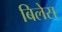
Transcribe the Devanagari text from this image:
बिलेस